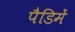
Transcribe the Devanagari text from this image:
पैडिमें